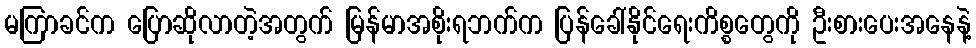
မကြာခင်က ပြောဆိုလာတဲ့အတွက် မြန်မာအစိုးရဘက်က ပြန်ခေါ်နိုင်ရေးကိစ္စတွေကို ဦးစားပေးအနေနဲ့